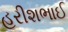
હરીશભાઈ